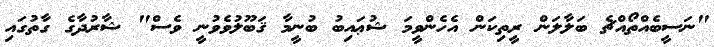
"ނަސީބެއްތޯއްޗެ ބަލާލަން ރީތިކަން އެހެންވީމަ ޝުޢައިބު ބުނީމާ ޤަބޫލުވެވުނީ ވެސް" ޝާރުދާގެ ގާތުގައި